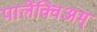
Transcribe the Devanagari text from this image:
पालेंक्विअम्‌